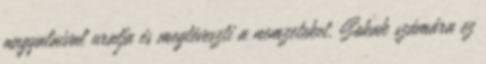
angyalaival uralja és megtéveszti a nemzeteket. Sokak számára ez